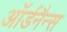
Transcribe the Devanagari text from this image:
ऑर्डनैन्स